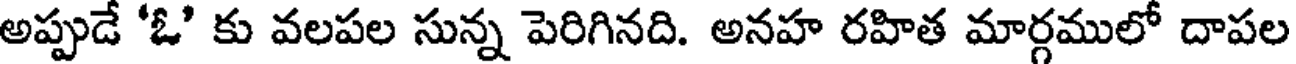
అప్పుడే 'ఓ' కు వలపల సున్న పెరిగినది. అనహ రహిత మార్గములో దాపల